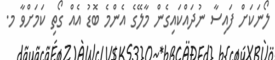
ލޯނަކަށް ފައިސާ ނުދައްކައިގެން މާލޭގެ އެންމެ ބޮޑު އެއް ގޯތި ކަމަށްވާ މ.